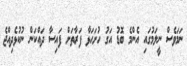
ނަމަވެސް ނީލަމުގައި އެންމެ ބޮޑު އަގު ހުށަހަޅާ ފަރާތަށް ފައިސާ ދައްކަން ނުކުޅެދިއްޖެ